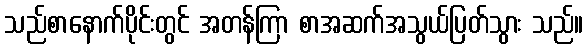
သည်စာနောက်ပိုင်းတွင် အတန်ကြာ စာအဆက်အသွယ်ပြတ်သွား သည်။